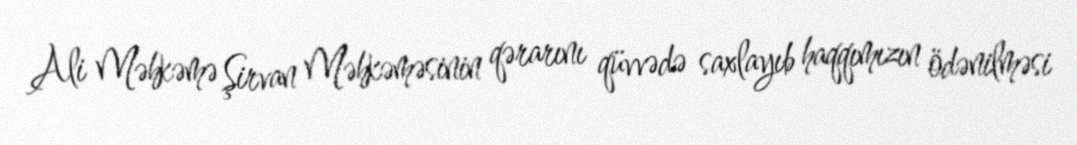
Ali Məhkəmə Şirvan Məhkəməsinin qərarını qüvvədə saxlayıb haqqımızın ödənilməsi